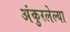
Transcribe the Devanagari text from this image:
अंकुरलेल्या